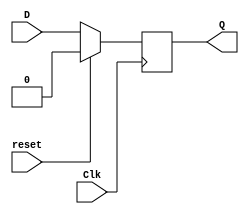
`timescale 1ns / 1ps
//////////////////////////////////////////////////////////////////////////////////
// Module Name: D_ff_sync_reset_behavior
//////////////////////////////////////////////////////////////////////////////////

module D_ff_sync_reset_behavior(
    input Clk,
    input D,
    input reset,
    output reg Q
    );
    
       always @(posedge Clk)
       if (reset) 
       begin
          Q <= 1'b0;
       end else 
       begin
          Q <= D;
       end

endmodule